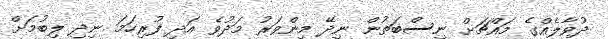
ދުވާލެއްގެ މައްޗަށް ނިސްބަތުން ނިދޭ މިންވަރު މަދުވެ އަދި ފުރިހަމަ ނިދި ލިބުމަށް